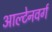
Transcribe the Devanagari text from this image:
आल्टेनवर्ग